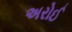
અરોઈ